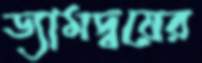
ড্যামদ্বয়ের